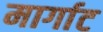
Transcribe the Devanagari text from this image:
मार्गाट